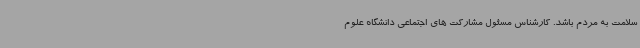
سلامت به مردم باشد. کارشناس مسئول مشارکت های اجتماعی دانشگاه علوم